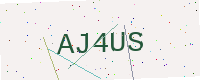
Text: AJ4US